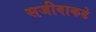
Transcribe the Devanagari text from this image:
सजीवाकडे